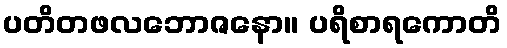
ပတိတဖလဘောဇနော။ ပရိစာရကောတိ